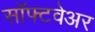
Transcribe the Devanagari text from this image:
साॅफ्टवेअर